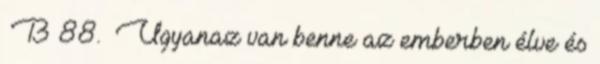
B 88. Ugyanaz van benne az emberben élve és